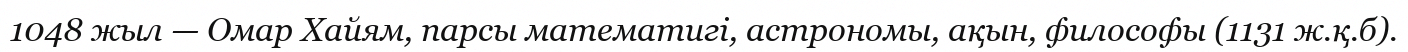
1048 жыл — Омар Хайям, парсы математигі, астрономы, ақын, философы (1131 ж.қ.б).